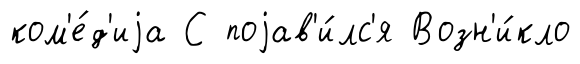
ком'е́д'иjа С поjав'и́лс'я Возн'и́кло